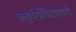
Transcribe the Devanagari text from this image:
चतुर्वर्गचिंतामणी